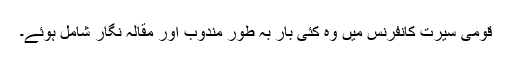
قومی سیرت کانفرنس میں وہ کئی بار بہ طور مندوب اور مقالہ نگار شامل ہوئے۔